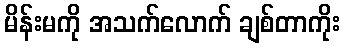
မိန်းမကို အသက်လောက် ချစ်တာကိုး